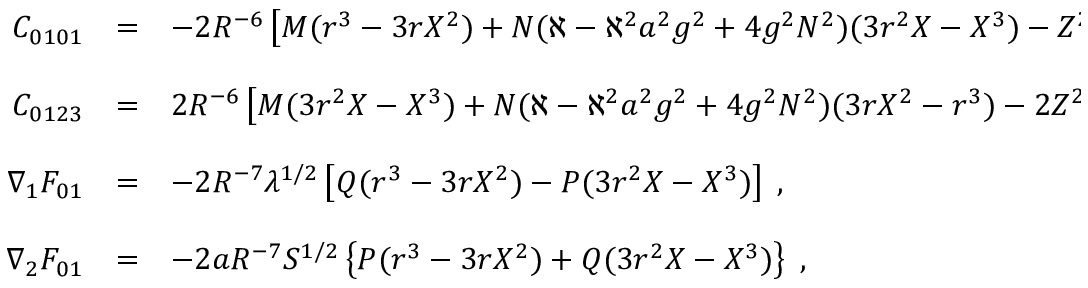
\begin{array} { r c l } { { C _ { 0 1 0 1 } } } & { { = } } & { { - 2 R ^ { - 6 } \left[ M ( r ^ { 3 } - 3 r X ^ { 2 } ) + N ( \aleph - \aleph ^ { 2 } a ^ { 2 } g ^ { 2 } + 4 g ^ { 2 } N ^ { 2 } ) ( 3 r ^ { 2 } X - X ^ { 3 } ) - Z ^ { 2 } ( r ^ { 2 } - X ^ { 2 } ) \right] \; , } } \\ { { } } & { { } } & { { } } \\ { { C _ { 0 1 2 3 } } } & { { = } } & { { 2 R ^ { - 6 } \left[ M ( 3 r ^ { 2 } X - X ^ { 3 } ) + N ( \aleph - \aleph ^ { 2 } a ^ { 2 } g ^ { 2 } + 4 g ^ { 2 } N ^ { 2 } ) ( 3 r X ^ { 2 } - r ^ { 3 } ) - 2 Z ^ { 2 } r X \right] \; , } } \\ { { } } & { { } } & { { } } \\ { { \nabla _ { 1 } F _ { 0 1 } } } & { { = } } & { { - 2 R ^ { - 7 } \lambda ^ { 1 / 2 } \left[ Q ( r ^ { 3 } - 3 r X ^ { 2 } ) - P ( 3 r ^ { 2 } X - X ^ { 3 } ) \right] \; , } } \\ { { } } & { { } } & { { } } \\ { { \nabla _ { 2 } F _ { 0 1 } } } & { { = } } & { { - 2 a R ^ { - 7 } { \cal S } ^ { 1 / 2 } \left\{ P ( r ^ { 3 } - 3 r X ^ { 2 } ) + Q ( 3 r ^ { 2 } X - X ^ { 3 } ) \right\} \; , } } \end{array}